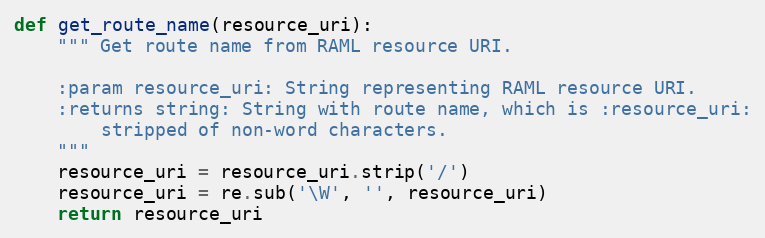
Language: Python
def get_route_name(resource_uri):
    """ Get route name from RAML resource URI.

    :param resource_uri: String representing RAML resource URI.
    :returns string: String with route name, which is :resource_uri:
        stripped of non-word characters.
    """
    resource_uri = resource_uri.strip('/')
    resource_uri = re.sub('\W', '', resource_uri)
    return resource_uri